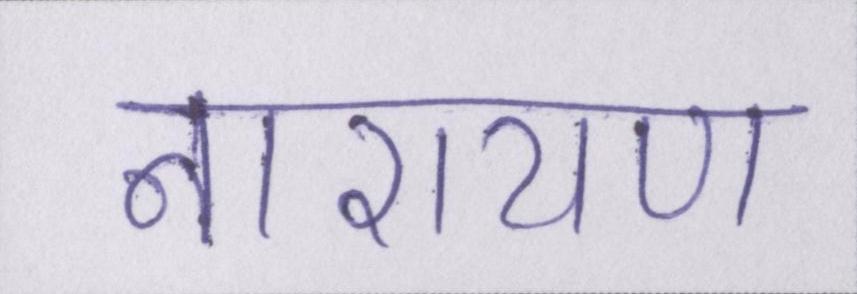
नारायण